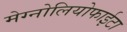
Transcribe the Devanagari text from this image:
मेग्नोलियोफाईटा